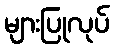
များပြုလုပ်